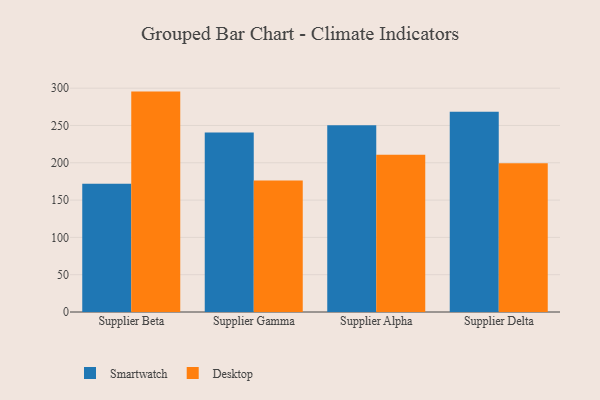
{"axis": {"x": "Supplier", "y": "Website Visitors"}, "legend": ["Desktop", "Smartwatch"], "data": [{"x": "Supplier Beta", "y": 172.0, "type": "Smartwatch"}, {"x": "Supplier Beta", "y": 295.4, "type": "Desktop"}, {"x": "Supplier Gamma", "y": 240.5, "type": "Smartwatch"}, {"x": "Supplier Gamma", "y": 176.4, "type": "Desktop"}, {"x": "Supplier Alpha", "y": 250.2, "type": "Smartwatch"}, {"x": "Supplier Alpha", "y": 210.9, "type": "Desktop"}, {"x": "Supplier Delta", "y": 268.3, "type": "Smartwatch"}, {"x": "Supplier Delta", "y": 199.5, "type": "Desktop"}]}